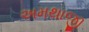
અમથાજી